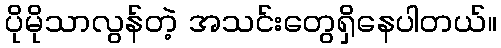
ပိုမိုသာလွန်တဲ့ အသင်းတွေရှိနေပါတယ်။